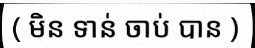
( មិន ទាន់ ចាប់ បាន )